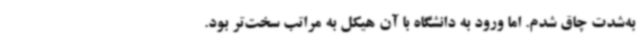
به‌شدت چاق شدم. اما ورود به دانشگاه با آن هیکل به مراتب سخت‌تر بود.